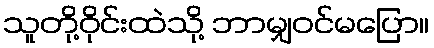
သူတို့ဝိုင်းထဲသို့ ဘာမျှဝင်မပြော။